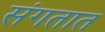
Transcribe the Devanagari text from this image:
संगतात